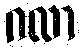
ဂလာ